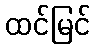
ထင်မြင်